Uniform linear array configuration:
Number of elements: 64
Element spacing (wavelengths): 1
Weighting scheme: cosine
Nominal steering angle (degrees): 30
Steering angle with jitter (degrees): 30.252
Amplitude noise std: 0.05
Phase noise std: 0.05

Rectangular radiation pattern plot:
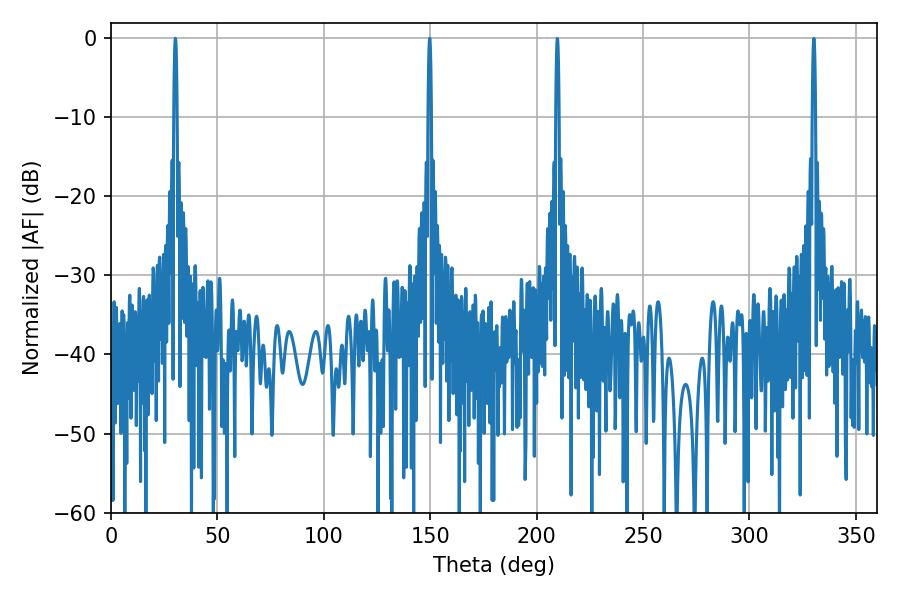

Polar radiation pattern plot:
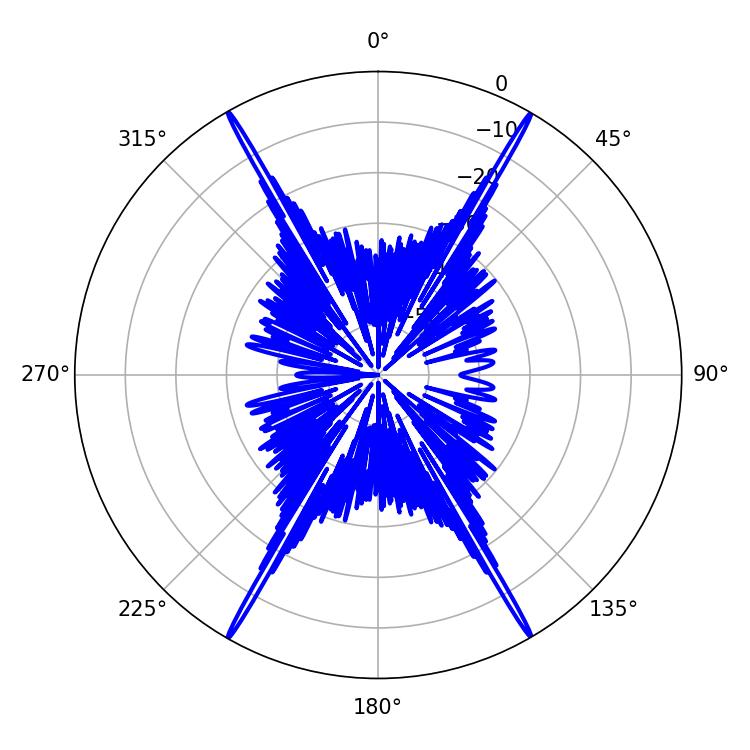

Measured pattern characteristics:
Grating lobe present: TRUE
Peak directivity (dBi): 37.353
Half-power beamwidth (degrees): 0.72
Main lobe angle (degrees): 149.76